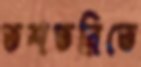
তশতরিতে